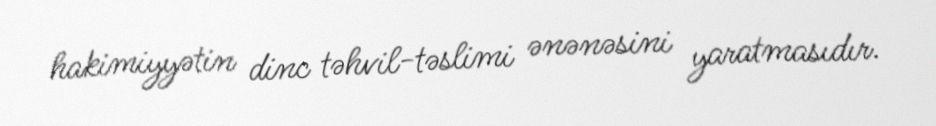
hakimiyyətin dinc təhvil-təslimi ənənəsini yaratmasıdır.